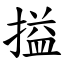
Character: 搤